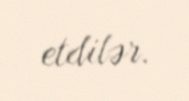
etdilər.